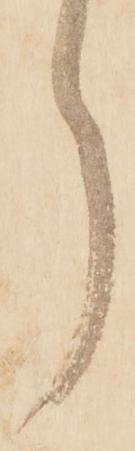
ら